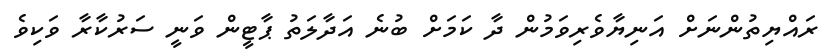
ރައްޔިތުންނަށް އަނިޔާވެރިވަމުން ދާ ކަމަށް ބުނެ އަދާލަތު ޕާޓީން ވަނީ ސަރުކާރާ ވަކިވެ